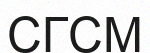
СГСМ